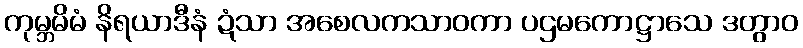
ကုမ္ဘမိမံ နိရယာဒီနံ ဍံသာ အစေလကသာဝကာ ပဌမကောဋ္ဌာသေ ဒတွာဝ